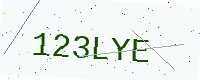
Text: 123LYE